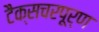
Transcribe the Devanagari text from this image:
टैक्सचरपूर्ण